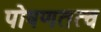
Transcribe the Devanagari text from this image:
पोषणतत्व